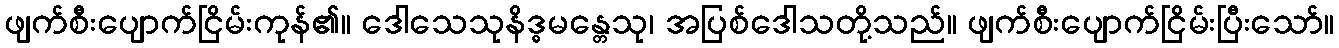
ဖျက်စီးပျောက်ငြိမ်းကုန်၏။ ဒေါသေသုနိဒ္ဓမန္တေသု၊ အပြစ်ဒေါသတို့သည်။ ဖျက်စီးပျောက်ငြိမ်းပြီးသော်။